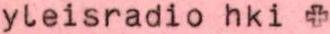
yleisradio hki +